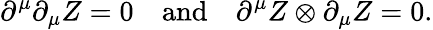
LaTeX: \partial^{\mu}\partial_{\mu}Z=0\quad\mathrm{and}\quad\partial^{\mu}Z\otimes\partial_{\mu}Z=0.